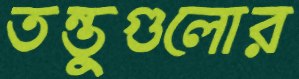
তন্তুগুলোর